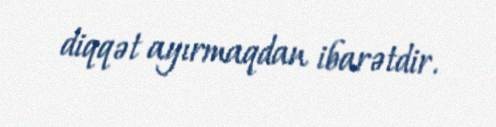
diqqət ayırmaqdan ibarətdir.